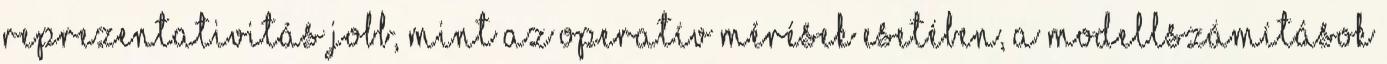
reprezentativitás jobb, mint az operatív mérések esetében, a modellszámítások